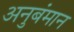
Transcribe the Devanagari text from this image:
अनुबंमान